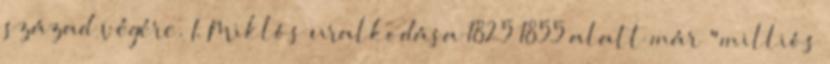
század végére. I. Miklós uralkodása 1825–1855 alatt már "milliós